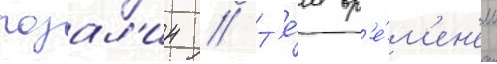
розал'ин // Т'е́м вр'е́м'ен'ем